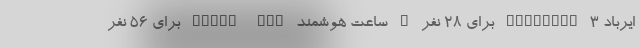
ایرباد FreeBuds 3 برای 28 نفر • ساعت هوشمند Watch Fit برای ۵۶ نفر